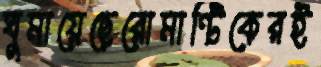
ঘুমায়েছেরোমান্টিকেরই